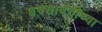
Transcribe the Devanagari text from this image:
घनसावंगीच्या